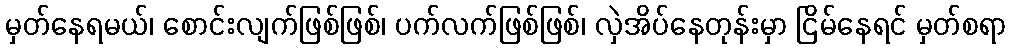
မှတ်နေရမယ်၊ စောင်းလျက်ဖြစ်ဖြစ်၊ ပက်လက်ဖြစ်ဖြစ်၊ လှဲအိပ်နေတုန်းမှာ ငြိမ်နေရင် မှတ်စရာ